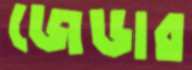
জেডার